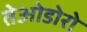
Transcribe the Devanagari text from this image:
तेओडोरो